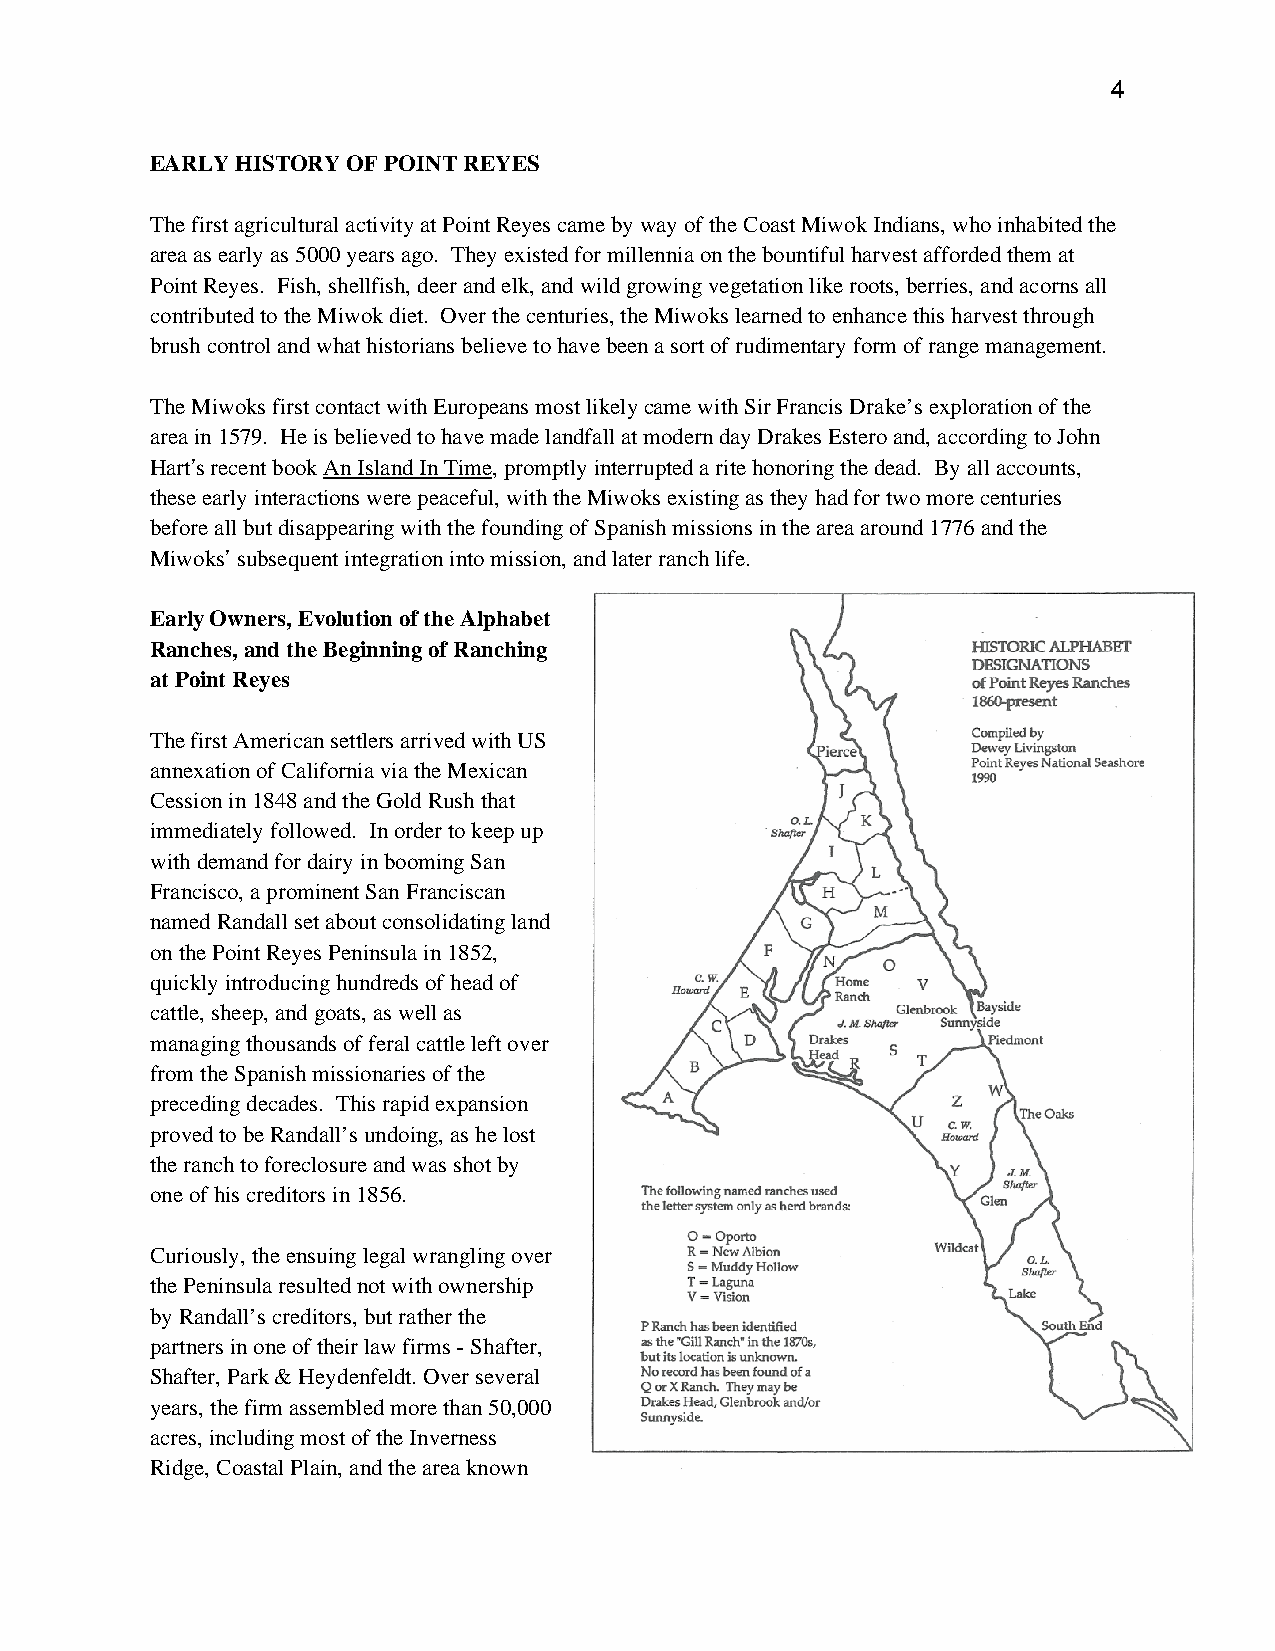
4
 EARLY HISTORY OF POINT REYES
 The first agricultural activity at Point Reyes came by way of the Coast Miwok Indians, who inhabited the
 area as early as 5000 years ago. They existed for millennia on the bountiful harvest afforded them at
 Point Reyes. Fish, shellfish, deer and elk, and wild growing vegetation like roots, berries, and acorns all
 contributed to the Miwok diet. Over the centuries, the Miwoks learned to enhance this harvest through
 brush control and what historians believe to have been a sort of rudimentary form of range management.
 The Miwoks first contact with Europeans most likely came with Sir Francis Drake’s exploration of the
 area in 1579. He is believed to have made landfall at modern day Drakes Estero and, according to John
 Hart’s recent book An Island In Time, promptly interrupted a rite honoring the dead. By all accounts,
 these early interactions were peaceful, with the Miwoks existing as they had for two more centuries
 before all but disappearing with the founding of Spanish missions in the area around 1776 and the
 Miwoks’ subsequent integration into mission, and later ranch life.
 Early Owners, Evolution of the Alphabet
 Ranches, and the Beginning of Ranching
 at Point Reyes
 The first American settlers arrived with US
 annexation of California via the Mexican
 Cession in 1848 and the Gold Rush that
 immediately followed. In order to keep up
 with demand for dairy in booming San
 Francisco, a prominent San Franciscan
 named Randall set about consolidating land
 on the Point Reyes Peninsula in 1852,
 quickly introducing hundreds of head of
 cattle, sheep, and goats, as well as
 managing thousands of feral cattle left over
 from the Spanish missionaries of the
 preceding decades. This rapid expansion
 proved to be Randall’s undoing, as he lost
 the ranch to foreclosure and was shot by
 one of his creditors in 1856.
 Curiously, the ensuing legal wrangling over
 the Peninsula resulted not with ownership
 by Randall’s creditors, but rather the
 partners in one of their law firms - Shafter,
 Shafter, Park & Heydenfeldt. Over several
 years, the firm assembled more than 50,000
 acres, including most of the Inverness
 Ridge, Coastal Plain, and the area known